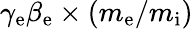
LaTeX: \gamma_{\mathrm{e}}\beta_{\mathrm{e}}\times(m_{\mathrm{e}}/m_{\mathrm{i}})